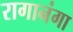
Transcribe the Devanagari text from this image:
रागानंगा